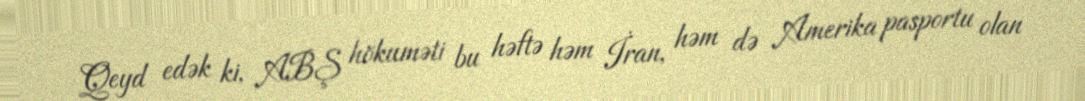
Qeyd edək ki, ABŞ hökuməti bu həftə həm İran, həm də Amerika pasportu olan